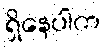
ရှိနေပါက